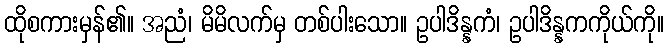
ထိုစကားမှန်၏။ အညံ၊ မိမိလက်မှ တစ်ပါးသော။ ဥပါဒိန္နကံ၊ ဥပါဒိန္နကကိုယ်ကို။